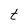
Character: t